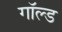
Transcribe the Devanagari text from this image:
गॉल्ड